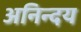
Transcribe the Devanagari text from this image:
अनिन्दय